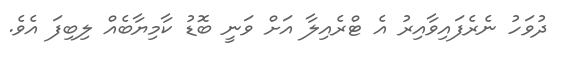
ދުވަހު ނެރެފައިވާއިރު އެ ޓްރެއިލާ އަށް ވަނީ ބޮޑު ކާމިޔާބެއް ލިބިފަ އެވެ.